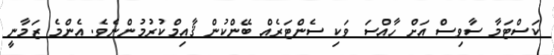
ކަސްޓަމާ ސާވިސް އަށް ހާއްސަ ވަކި ސެންޓަރެއް ބޭންކުން ޤާއިމްކުރުމުންނެވެ. އެންމެ ޒަމާނީ